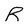
Character: R